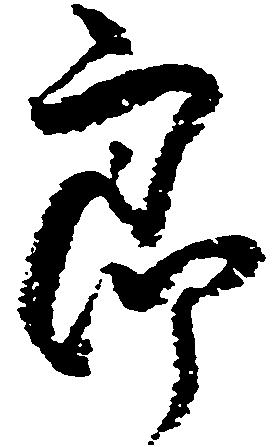
郎